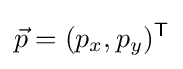
{\vec {p}}=(p_{x},p_{y})^{\mathsf {T}}\,\!